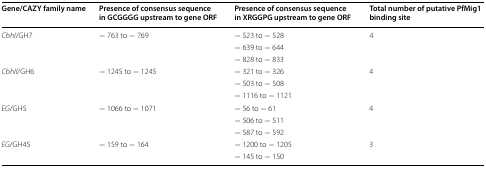
<table><thead><tr><td><b>Gene/CAZY family name</b></td><td><b>Presence of consensus sequence in GCGGGG upstream to gene ORF</b></td><td><b>Presence of consensus sequence in XRGGPG upstream to gene ORF</b></td><td><b>Total number of putative PfMig1 binding site</b></td></tr></thead><tbody><tr><td rowspan="3"><i>CbhI</i>/GH7</td><td rowspan="3">− 763 to − 769</td><td>− 523 to − 528</td><td rowspan="3">4</td></tr><tr><td>− 639 to − 644</td></tr><tr><td>− 828 to − 833</td></tr><tr><td rowspan="3"><i>CbhII</i>/GH6</td><td rowspan="3">− 1245 to − 1245</td><td>− 321 to − 326</td><td rowspan="3">4</td></tr><tr><td>− 503 to − 508</td></tr><tr><td>− 1116 to − 1121</td></tr><tr><td rowspan="3"><i>EG</i>/GH5</td><td rowspan="3">− 1066 to − 1071</td><td>− 56 to − 61</td><td rowspan="3">4</td></tr><tr><td>− 506 to − 511</td></tr><tr><td>− 587 to − 592</td></tr><tr><td rowspan="2"><i>EG</i>/GH45</td><td rowspan="2">− 159 to − 164</td><td>− 1200 to − 1205</td><td rowspan="2">3</td></tr><tr><td>− 145 to − 150</td></tr></tbody></table>